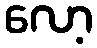
လော့